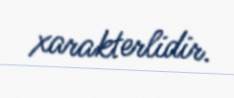
xarakterlidir.